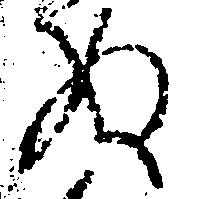
ぬ